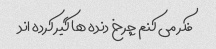
فکر می کنم چرخ دنده ها گیر کرده اند